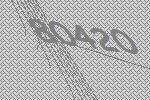
80420